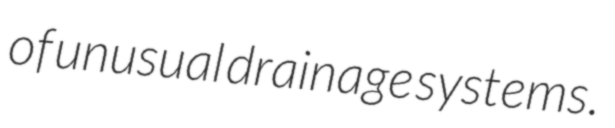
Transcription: of unusual drainage systems.